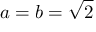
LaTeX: a = b = { \sqrt { 2 } }